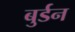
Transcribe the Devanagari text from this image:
बुर्डन